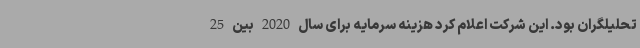
تحلیلگران بود. این شرکت اعلام کرد هزینه سرمایه برای سال 2020 بین 25